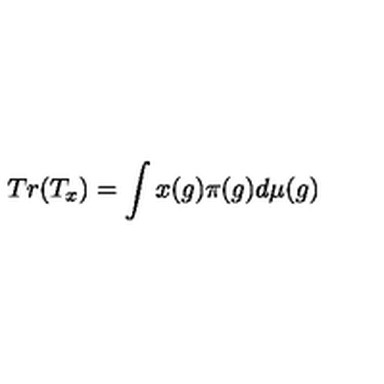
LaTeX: T r ( T _ { x } ) = \int x ( g ) \pi ( g ) d \mu ( g )